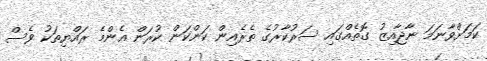
ކަމަށްވާނަމަ ނާޖާއިޒު ގޮތެއްގައި ސަރުކާރުގެ ތެރެއިން ކަންކަން ކުރަން އެންމެ ރައްޔިތަކު ވެސް